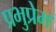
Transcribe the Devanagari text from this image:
प्रभुप्रेम